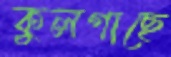
কুলগাছে